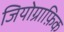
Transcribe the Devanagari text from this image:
जियोग्राफ़िक